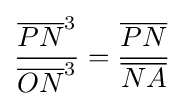
{\frac {{\overline {PN}}^{3}}{{\overline {ON}}^{3}}}={\frac {\overline {PN}}{\overline {NA}}}